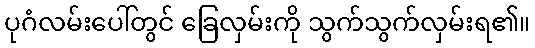
ပုဂံလမ်းပေါ်တွင် ခြေလှမ်းကို သွက်သွက်လှမ်းရ၏။